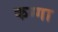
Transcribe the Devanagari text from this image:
कग्गा